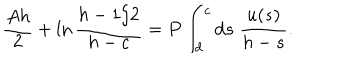
\frac { A h } { 2 } + \ln \frac { h - 1 / 2 } { h - c } = P \int _ { d } ^ { c } \mathrm { d } s \; \frac { u ( s ) } { h - s } .